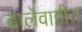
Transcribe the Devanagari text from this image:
ढालेवाडीत